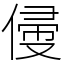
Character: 㑴